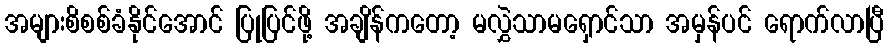
အများစိစစ်ခံနိုင်အောင် ပြုပြင်ဖို့ အချိန်ကတော့ မလွှဲသာမရှောင်သာ အမှန်ပင် ရောက်လာပြီ